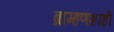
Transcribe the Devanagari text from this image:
ब्राम्हणशाही